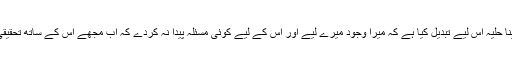
میَں نے اپنا حلیہ اس لیے تبدیل کیا ہے کہ میرا وجود میرے لیے اور اُس کے لیے کوئی مسئلہ پیدا نہ کردے کہ اب مجھے اس کے ساتھ تحقیقی کام ہے۔